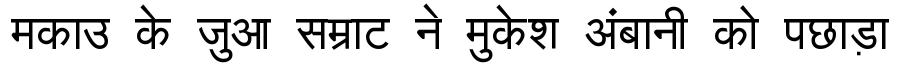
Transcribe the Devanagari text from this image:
मकाउ के जुआ सम्राट ने मुकेश अंबानी को पछाड़ा